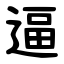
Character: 逼